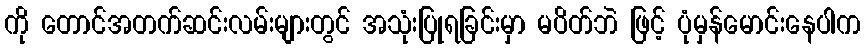
ကို တောင်အတက်ဆင်းလမ်းများတွင် အသုံးပြုရခြင်းမှာ မပိတ်ဘဲ ဖြင့် ပုံမှန်မောင်းနေပါက